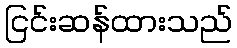
ငြင်းဆန်ထားသည်